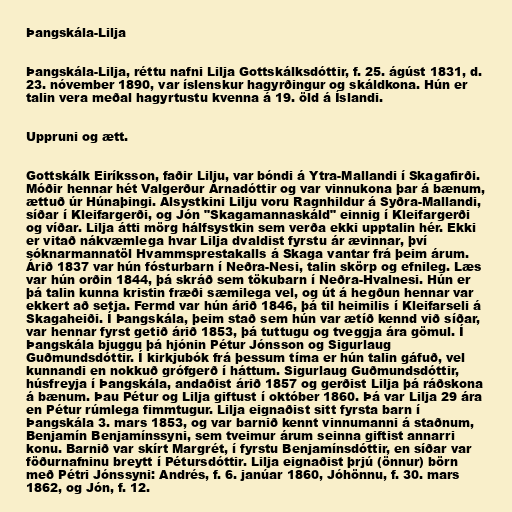
Þangskála-Lilja

Þangskála-Lilja, réttu nafni Lilja Gottskálksdóttir, f. 25. ágúst 1831, d.
23. nóvember 1890, var íslenskur hagyrðingur og skáldkona. Hún er
talin vera meðal hagyrtustu kvenna á 19. öld á Íslandi.

Uppruni og ætt.

Gottskálk Eiríksson, faðir Lilju, var bóndi á Ytra-Mallandi í Skagafirði.
Móðir hennar hét Valgerður Árnadóttir og var vinnukona þar á bænum,
ættuð úr Húnaþingi. Alsystkini Lilju voru Ragnhildur á Syðra-Mallandi,
síðar í Kleifargerði, og Jón "Skagamannaskáld" einnig í Kleifargerði
og víðar. Lilja átti mörg hálfsystkin sem verða ekki upptalin hér. Ekki
er vitað nákvæmlega hvar Lilja dvaldist fyrstu ár ævinnar, því
sóknarmannatöl Hvammsprestakalls á Skaga vantar frá þeim árum.
Árið 1837 var hún fósturbarn í Neðra-Nesi, talin skörp og efnileg. Læs
var hún orðin 1844, þá skráð sem tökubarn í Neðra-Hvalnesi. Hún er
þá talin kunna kristin fræði sæmilega vel, og út á hegðun hennar var
ekkert að setja. Fermd var hún árið 1846, þá til heimilis í Kleifarseli á
Skagaheiði. Í Þangskála, þeim stað sem hún var ætíð kennd við síðar,
var hennar fyrst getið árið 1853, þá tuttugu og tveggja ára gömul. Í
Þangskála bjuggu þá hjónin Pétur Jónsson og Sigurlaug
Guðmundsdóttir. Í kirkjubók frá þessum tíma er hún talin gáfuð, vel
kunnandi en nokkuð grófgerð í háttum. Sigurlaug Guðmundsdóttir,
húsfreyja í Þangskála, andaðist árið 1857 og gerðist Lilja þá ráðskona
á bænum. Þau Pétur og Lilja giftust í október 1860. Þá var Lilja 29 ára
en Pétur rúmlega fimmtugur. Lilja eignaðist sitt fyrsta barn í
Þangskála 3. mars 1853, og var barnið kennt vinnumanni á staðnum,
Benjamín Benjamínssyni, sem tveimur árum seinna giftist annarri
konu. Barnið var skírt Margrét, í fyrstu Benjamínsdóttir, en síðar var
föðurnafninu breytt í Pétursdóttir. Lilja eignaðist þrjú (önnur) börn
með Pétri Jónssyni: Andrés, f. 6. janúar 1860, Jóhönnu, f. 30. mars
1862, og Jón, f. 12.